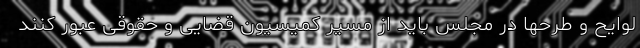
لوایح و طرحها در مجلس باید از مسیر کمیسیون قضایی و حقوقی عبور کنند